Scientific memoirs by medical officers of the Army of India - Part X,
Year: 1897
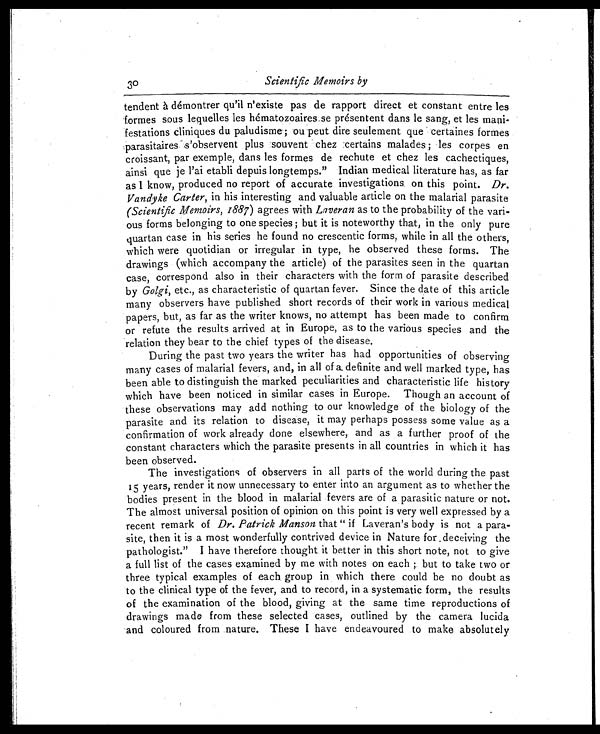
30
Scientific Memoirs by
tendent à démontrer qu'il n'existe pas de rapport direct et constant entre les
formes sous lequelles les hématozoaires.se présentent dans le sang, et les mani-
festations cliniques du paludisme; ou peut dire seulement que certaines formes
parasitaires is observent plus souvent chez certains malades; les corpes en
croissant, par exemple, dans les formes de rechute et chez les cachectiques,
ainsi que je l'ai etabli depuis longtemps." Indian medical literature has, as far
a s I k n o w , p r o d u c e d n o r e p o r t o f a c c u r a t e i n v e s t i g a t i o n s o n t h i s p o i n t . D r .
Vandyke Carter, in his interesting and valuable article on the malarial parasite
(scientific Memoirs, 1887 ) agrees with Laveran as to the probability of the vari-
ous forms belonging to one species ; but it is noteworthy that, in the only pure
quartan case in his series he found no crescentic forms, while in all the others,
which were quotidian or irregular in type, he observed these forms. The
drawings (which accompany the article) of the parasites seen in the quartan
case, correspond also in their characters with the form of parasite described
by Golgi, etc., as characteristic of quartan fever. Since the date of this article
many observers have published short records of their work in various medical
papers, but, as far as the writer knows, no attempt has been made to confirm
or refute the results arrived at in Europe, as to the various species and the
relation they bear to the chief types of the disease.
During the past two years the writer has had opportunities of observing
many cases of malarial fevers, and, in all of a definite and well marked type, has
been able to distinguish the marked peculiarities and characteristic life history
which have been noticed in similar cases in Europe. Though an account of
these observations may add nothing to our knowledge of the biology of the
parasite and its relation to disease, it may perhaps possess some value as a
confirmation of work already done elsewhere, and as a further proof of the
constant characters which the parasite presents in all countries in which it has
been observed.
The investigations of observers in all parts of the world during the past
15 years, render it now unnecessary to enter into an argument as to whether the
bodies present in the blood in malarial fevers are of a parasitic nature or not.
The almost universal position of opinion on this point is very well expressed by a
recent remark of Dr. Patrick Manson that " if Laveran's body is not a para-
site, then it is a most wonderfully contrived device in Nature for deceiving the
pathologist. " I have therefore thought it better in this short note, not to give
a full list of the cases examined by me with notes on each ; but to take two or
three typical examples of each group in which there could be no doubt as
to the clinical type of the fever, and to record, in a systematic form, the results
of the examination of the blood, giving at the same time reproductions of
drawings made from these selected cases, outlined by the camera lucida
and coloured from nature. These I have endeavoured to make absolutely